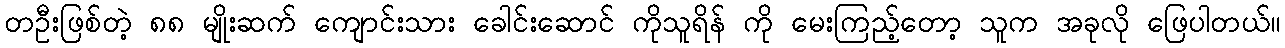
တဦးဖြစ်တဲ့ ၈၈ မျိုးဆက် ကျောင်းသား ခေါင်းဆောင် ကိုသူရိန် ကို မေးကြည့်တော့ သူက အခုလို ဖြေပါတယ်။